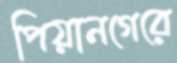
পিয়ানগেরে